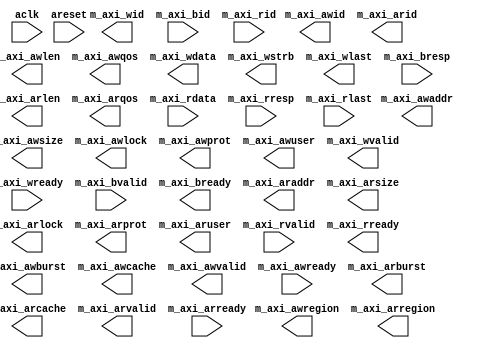
`timescale 1ns/1ps
module top_wrapper #(
        parameter integer C_M_AXI_THREAD_ID_WIDTH       = 3,
        parameter integer C_M_AXI_ADDR_WIDTH            = 16,
        parameter integer C_M_AXI_DATA_WIDTH            = 32,
        parameter integer C_M_AXI_BUSER_WIDTH           = 1
        ) (
        input wire                  aclk,
        input wire                  areset,

        // master interface write address
        output wire [C_M_AXI_THREAD_ID_WIDTH-1:0]     m_axi_awid,
        output wire [C_M_AXI_ADDR_WIDTH-1:0]          m_axi_awaddr,
        output wire [7:0]                             m_axi_awlen,
        output wire [2:0]                             m_axi_awsize,
        output wire [1:0]                             m_axi_awburst,
        output wire [0:0]                             m_axi_awlock,
        output wire [3:0]                             m_axi_awcache,
        output wire [2:0]                             m_axi_awprot,
        output wire [3:0]                             m_axi_awqos,
        output wire [3:0]                             m_axi_awregion,
        output wire [15:0]                            m_axi_awuser,
        output wire                                   m_axi_awvalid,
        input  wire                                   m_axi_awready,

        // master interface write data
        output wire [C_M_AXI_THREAD_ID_WIDTH-1:0]     m_axi_wid,
        output wire [C_M_AXI_DATA_WIDTH-1:0]          m_axi_wdata,
        output wire [C_M_AXI_DATA_WIDTH/8-1:0]        m_axi_wstrb,
        output wire                                   m_axi_wlast,
        output wire                                   m_axi_wvalid,
        input  wire                                   m_axi_wready,

        // master interface write response
        input  wire [C_M_AXI_THREAD_ID_WIDTH-1:0]     m_axi_bid,
        input  wire [1:0]                             m_axi_bresp,
        input  wire                                   m_axi_bvalid,
        output wire                                   m_axi_bready,

        // master interface read address
        output wire [C_M_AXI_THREAD_ID_WIDTH-1:0]     m_axi_arid,
        output wire [C_M_AXI_ADDR_WIDTH-1:0]          m_axi_araddr,
        output wire [7:0]                             m_axi_arlen,
        output wire [2:0]                             m_axi_arsize,
        output wire [1:0]                             m_axi_arburst,
        output wire [0:0]                             m_axi_arlock,
        output wire [3:0]                             m_axi_arcache,
        output wire [2:0]                             m_axi_arprot,
        output wire [3:0]                             m_axi_arqos,
        output wire [3:0]                             m_axi_arregion,
        output wire [15:0]                            m_axi_aruser,
        output wire                                   m_axi_arvalid,
        input  wire                                   m_axi_arready,

        // master interface read data
        input  wire [C_M_AXI_THREAD_ID_WIDTH-1:0]     m_axi_rid,
        input  wire [C_M_AXI_DATA_WIDTH-1:0]          m_axi_rdata,
        input  wire [1:0]                             m_axi_rresp,
        input  wire                                   m_axi_rlast,
        input  wire                                   m_axi_rvalid,
        output wire                                   m_axi_rready
        );


endmodule